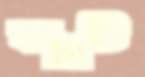
বাটাটি